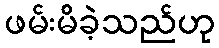
ဖမ်းမိခဲ့သည်ဟု